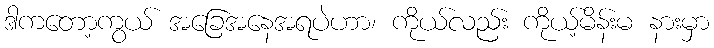
ဒါကတော့ကွယ် အခြေအနေအရပဲဟာ၊ ကိုယ်လည်း ကိုယ့်မိန်းမ နားမှာ